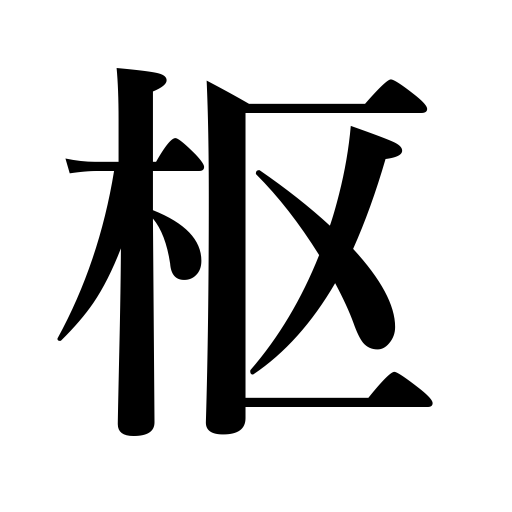
Meanings: pivot,door